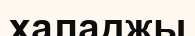
халаджы